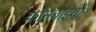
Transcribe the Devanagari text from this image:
कॉनबाइवों